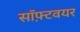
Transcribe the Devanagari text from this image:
सॉफ़्टवयर